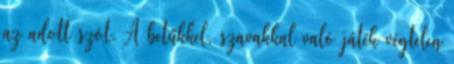
az adott szót. A betűkkel, szavakkal való játék végtelen